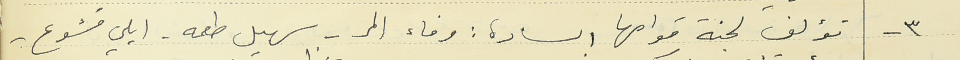
٣ - تؤلف لجنة قوامها السادة : وفاء المر- سهيل طعمه . ايلي قشوع -